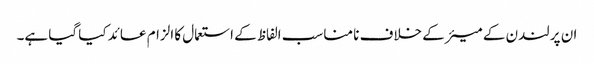
ان پر لندن کے میئر کے خلاف نا مناسب الفاظ کے استعمال کا الزام عائد کیا گیا ہے۔